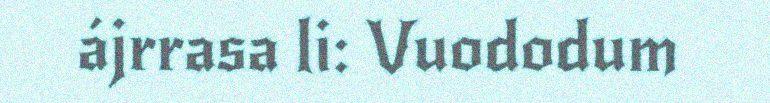
ájrrasa li: Vuododum